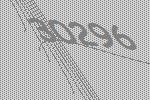
30296